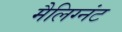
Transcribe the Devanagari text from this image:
मैलिग्नंट